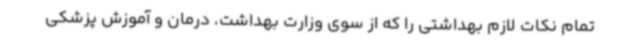
تمام نکات لازم بهداشتی را که از سوی وزارت بهداشت، درمان و آموزش پزشکی